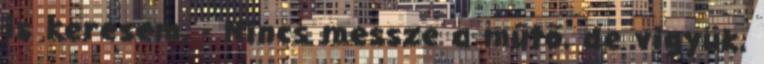
is keresem. - Nincs messze a műtő, de vigyük.